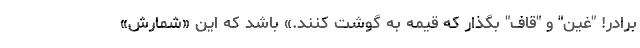
برادر! "غین" و "قاف" بگذار که قیمه به گوشت کنند.» باشد که این «شمارش»